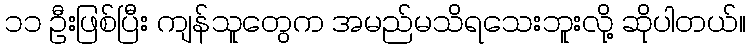
၁၁ ဦးဖြစ်ပြီး ကျန်သူတွေက အမည်မသိရသေးဘူးလို့ ဆိုပါတယ်။